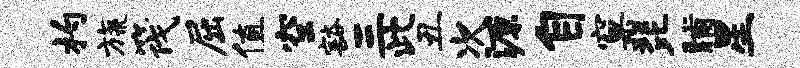
杓旒筏屈值空豁三此丑次源自窠琵晡星